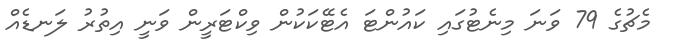
މެޗުގެ 79 ވަނަ މިނެޓުގައި ކައުންޓަ އެޓޭކަކުން ވިކްޓަރީން ވަނީ އިތުރު ލަނޑެއް